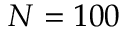
N = 1 0 0